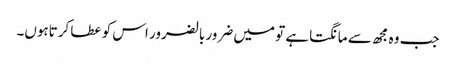
جب وہ مجھ سے مانگتاہے تو میں ضرور بالضرور اس کو عطا کرتاہوں۔